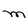
Character: M